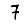
Digit: 7